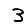
Digit: 3